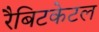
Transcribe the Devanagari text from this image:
रैबिटकेटल